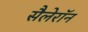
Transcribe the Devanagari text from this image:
सैलेरॉन